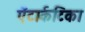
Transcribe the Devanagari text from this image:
ऐंटार्कटिका